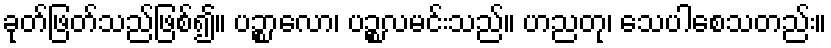
ခုတ်ဖြတ်သည်ဖြစ်၍။ ပဉ္စာလော၊ ပဉ္စလမင်းသည်။ ဟညတု၊ သေပါစေသတည်း။